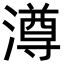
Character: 澊